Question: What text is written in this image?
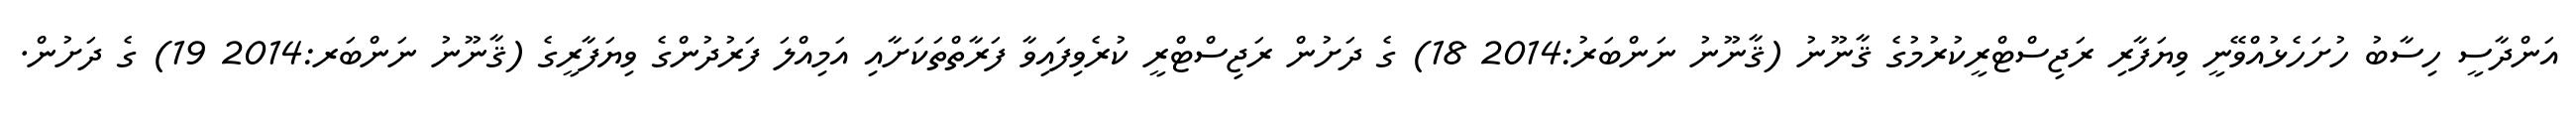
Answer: އަންދާސީ ހިސާބު ހުށަހެޅުއްވޭނީ ވިޔަފާރި ރަޖިސްޓްރީކުރުމުގެ ޤާނޫނު (ޤާނޫނު ނަންބަރު:2014 18) ގެ ދަށުން ރަޖިސްޓްރީ ކުރެވިފައިވާ ފަރާތްތަކަށާއި އަމިއްލަ ފަރުދުންގެ ވިޔަފާރީގެ (ޤާނޫނު ނަންބަރ:2014 19) ގެ ދަށުން.